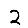
Digit: 2